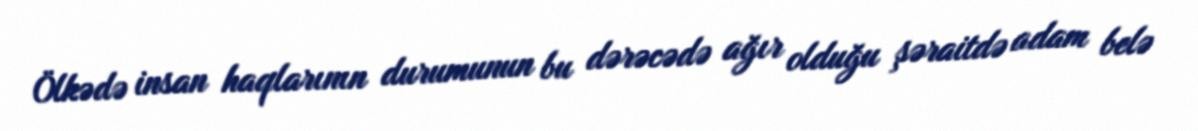
Ölkədə insan haqlarının durumunun bu dərəcədə ağır olduğu şəraitdə adam belə